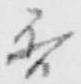
香